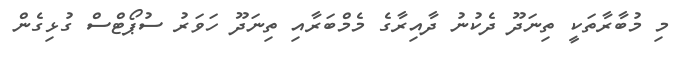
މި މުބާރާތަކީ ތިނަދޫ ދެކުނު ދާއިރާގެ މެމްބަރާއި ތިނަދޫ ހަވަރު ސުޕޯޓްސް ގުޅިގެން